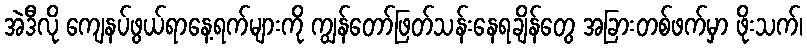
အဲဒီလို ကျေနပ်ဖွယ်ရာနေ့ရက်များကို ကျွန်တော်ဖြတ်သန်းနေရချိန်တွေ အခြားတစ်ဖက်မှာ ဖိုးသက်၊